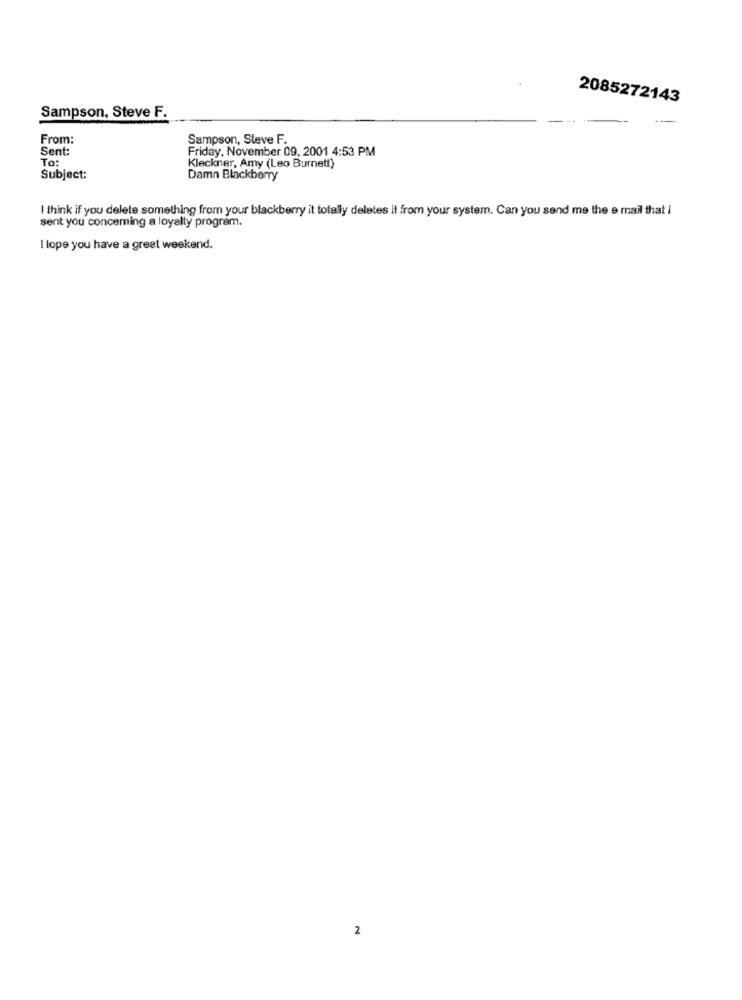
2085272143
Sampson, Steve F.
From:
Sampson, Steve F.
Sent:
Friday, November 09, 2001 4:53 PM
To:
Kleckner, Amy (Leo Burnett)
Subject:
Damn Blackberry
I think if you delete something from your blackberry it totally deletes it from your system. Can you send me the e mail that i
sent you conceming a loyalty program.
I lope you have a great weekend.
2